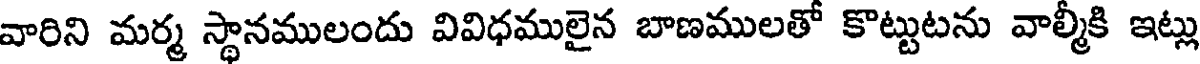
వారిని మర్మ స్థానములందు వివిధములైన బాణములతో కొట్టుటను వాల్మీకి ఇట్లు